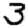
Digit: 3